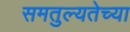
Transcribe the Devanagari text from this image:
समतुल्यतेच्या